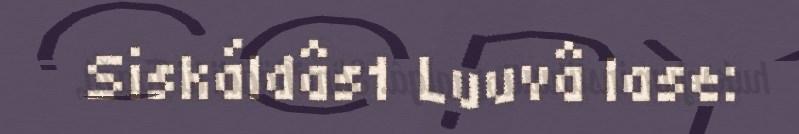
Siskáldâs1 Luuvâ lase: